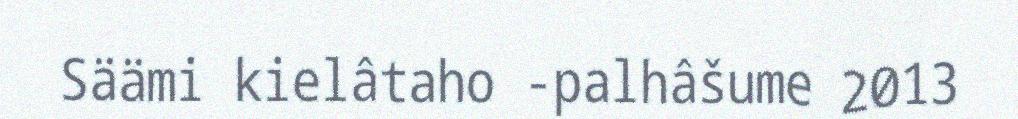
Säämi kielâtaho -palhâšume 2013